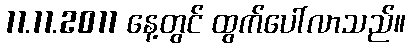
11.11.2011 နေ့တွင် ထွက်ပေါ်လာသည်။